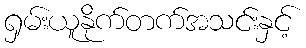
ရှမ်းယူနိုက်တက်အသင်းနှင့်